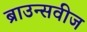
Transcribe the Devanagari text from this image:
ब्राउन्सवीज